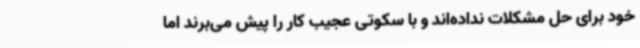
خود برای حل مشکلات نداده‌اند و با سکوتی عجیب کار را پیش می‌برند اما